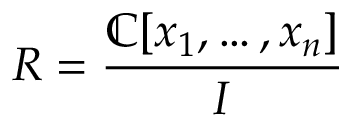
R = { \frac { \mathbb { C } [ x _ { 1 } , \ldots , x _ { n } ] } { I } }